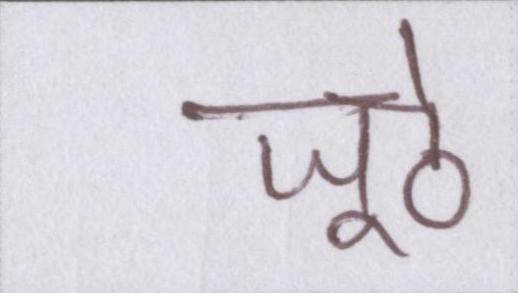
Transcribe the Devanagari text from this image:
जूठे